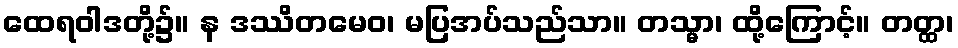
ထေရဝါဒတို့၌။ န ဒဿိတမေဝ၊ မပြအပ်သည်သာ။ တသ္မာ၊ ထို့ကြောင့်။ တတ္ထ၊